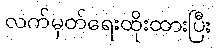
လက်မှတ်ရေးထိုးထားပြီး